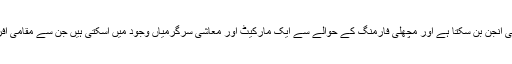
یہاں گورانو ڈیم بھی ایک معاشی انجن بن سکتا ہے اور مچھلی فارمنگ کے حوالے سے ایک مارکیٹ اور معاشی سرگرمیاں وجود میں آسکتی ہیں جن سے مقامی افراد کو بہت فائدہ پہنچ سکتا ہے۔